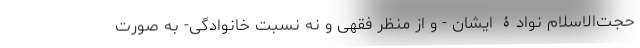
حجت‌الاسلام نوادۀ ایشان - و از منظر فقهی و نه نسبت خانوادگی- به صورت